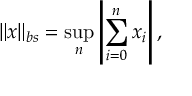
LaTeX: \| x \| _ { b s } = \operatorname* { s u p } _ { n } \left\vert \sum _ { i = 0 } ^ { n } x _ { i } \right\vert ,